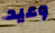
وعيد